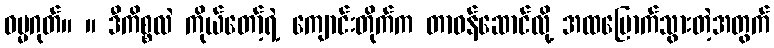
ဓမ္မဂုတ်။ ။ ဒီကိစ္စလဲ ကိုယ်တော့်ရဲ့ ကျောင်းတိုက်က တာဝန်ဆောင်လို့ အထမြောက်သွားတဲ့အတွက်